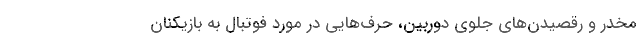
مخدر و رقصیدن‌های جلوی دوربین، حرف‌هایی در مورد فوتبال به بازیکنان